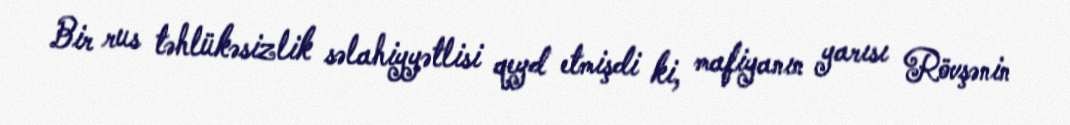
Bir rus təhlükəsizlik səlahiyyətlisi qeyd etmişdi ki, mafiyanın yarısı Rövşənin